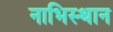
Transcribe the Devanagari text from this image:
नाभिस्थान